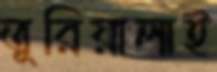
তুরিয়ালাই